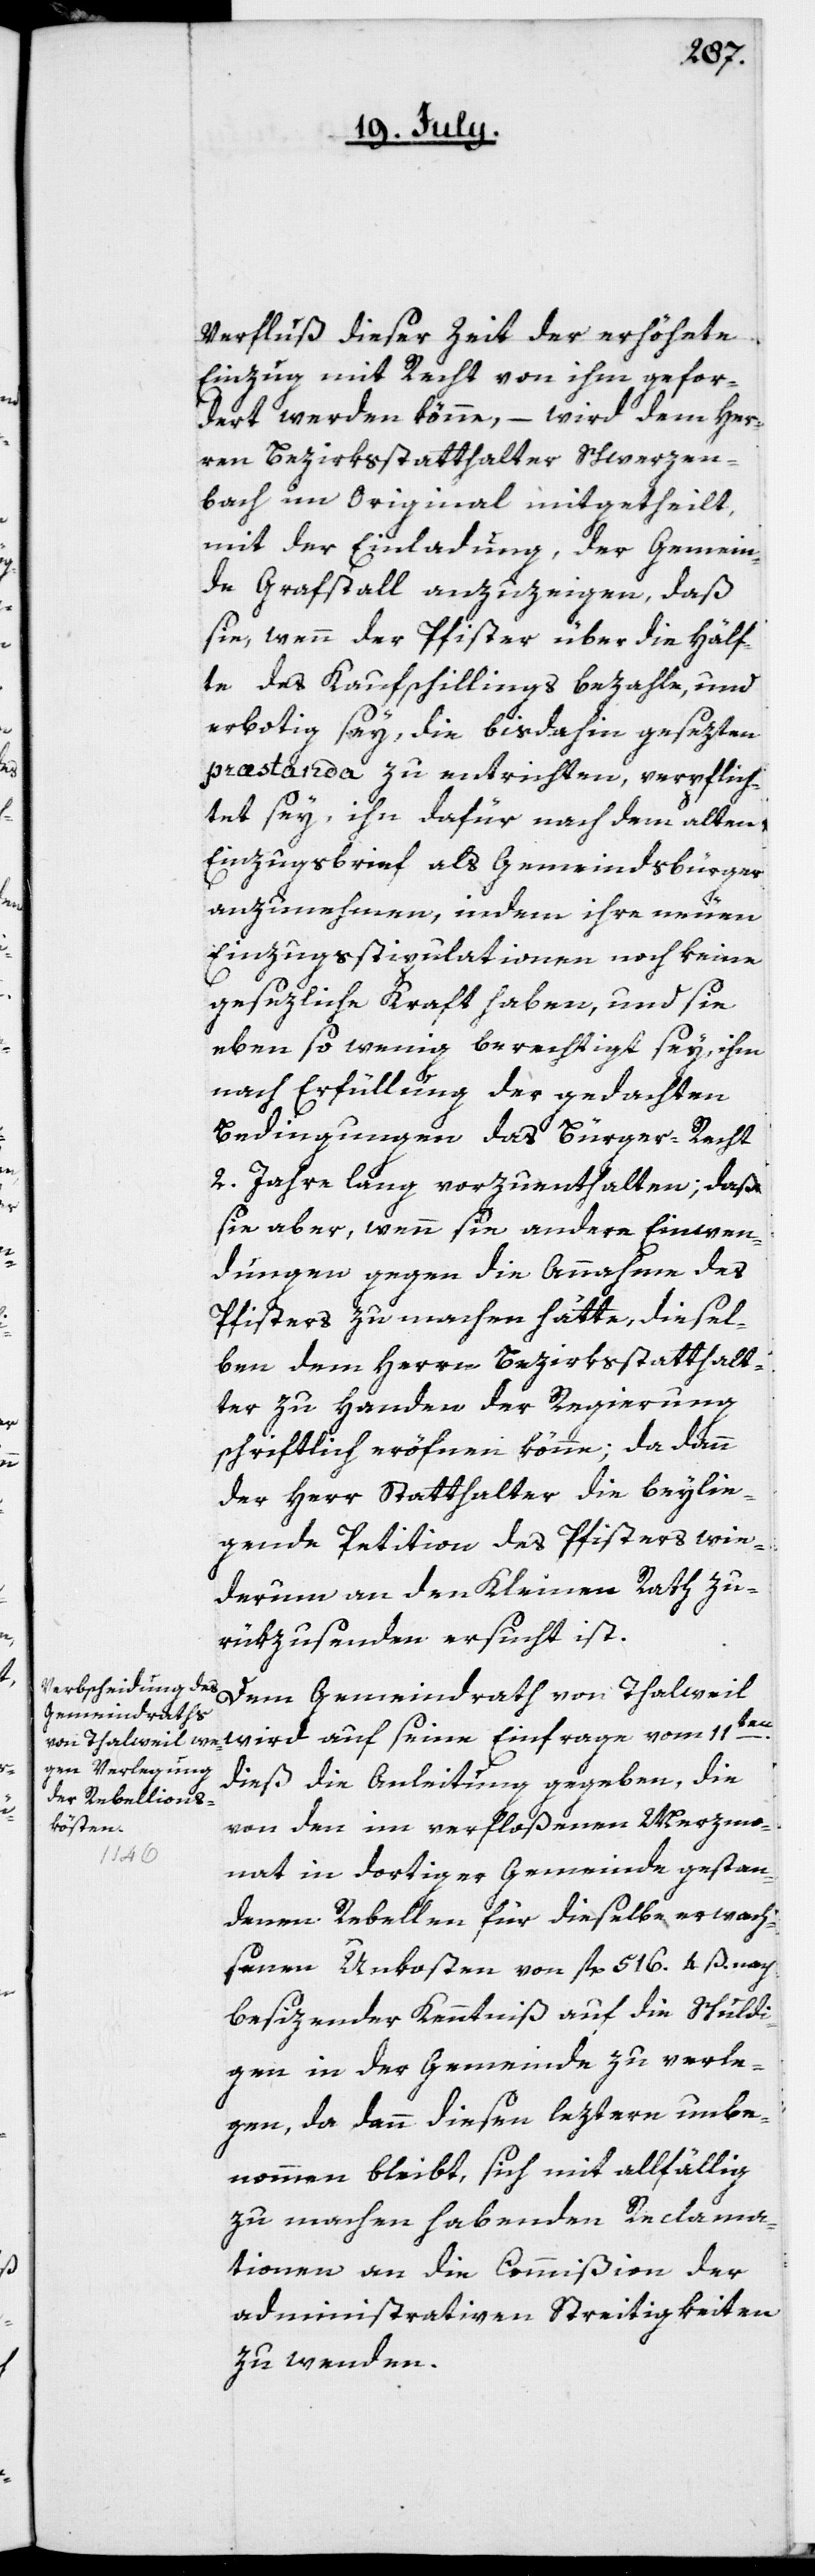
Verfluß dieser Zeit der erhöhte
Einzug mit Recht von ihm gefor¬
dert werden könne, – wird dem Her¬
ren Bezirksstatthalter Schwerzen¬
bach im Original mitgetheilt,
mit der Einladung, der Gemein¬
de Grafstall anzuzeigen, daß
sie, wenn der Pfister über die Hälf¬
te des Kaufschillings bezahle, und
erbotig sey, die bis dahin gesezten
præstanda zu entrichten, verpflich¬
tet sey, ihn dafür nach dem alten
Einzugsbrief als Gemeindsbürger
anzunehmen, indem ihre neuen
Einzugsstipulationen noch keine
gesezliche Kraft haben, und sie
eben so wenig berechtigt sey, ihm
nach Erfüllung der gedachten
Bedingungen das Bürger-Recht
2. Jahre lang vorzuenthalten; daß
sie aber, wenn sie andere Einwen¬
dungen gegen die Annahme des
Pfisters zu machen hätte, diesel¬
ben dem Herrn Bezirksstatthalt¬
er zu Handen der Regierung
schriftlich eröfnen könne; da dann
der Herr Statthalter die beylie¬
gende Petition des Pfisters wie¬
derum an den Kleinen Rath zu¬
rükzusenden ersucht ist.
Dem Gemeindrath von Thalweil
wird auf seine Einfrage vom 11ten
dieß die Anleitung gegeben, die
von den im verfloßenen Merzmo¬
nat in dortiger Gemeinde gestan¬
denen Rebellen für dieselbe erwach¬
senen Unkosten von fl. 516. 4 ß. nach
besizender Kenntniß auf die Schuldi¬
gen in der Gemeinde zu verle¬
gen, da dann diesen leztern unbe¬
nommen bleibt, sich mit allfällig
zu machen habenden Reclama¬
tionen an die Commißion der
administrativen Streitigkeiten
zu wenden.